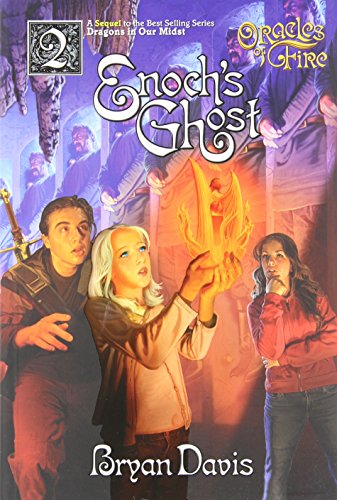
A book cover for Enoch's Ghost (Oracles of Fire, Book 2); Bryan Davis; Teen & Young Adult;